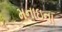
મનાઇના